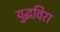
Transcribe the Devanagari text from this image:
युद्धविरा